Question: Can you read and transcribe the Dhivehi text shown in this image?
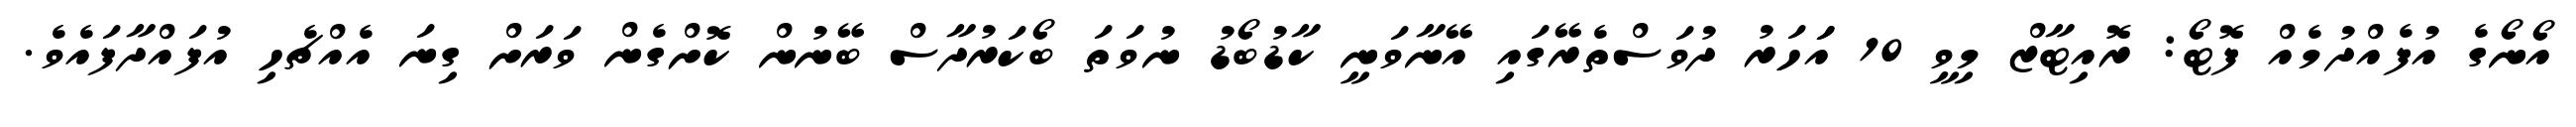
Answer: އޯނޯގެ އުފެއްދުމެއް ފޮޓޯ: ރޮއިޓާޒް މިވީ 10 އަަހަރު ދުވަސްތެރޭގައި އޭނާވަނީ ކާޑުބޯޑު ނުވަތަ ބޯކަރުދާސް ބޭނުން ކޮށްގެން ވަރަށް ގިނަ އެއްޗެހި އުފައްދާފައެވެ.